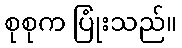
စုစုက ပြုံးသည်။